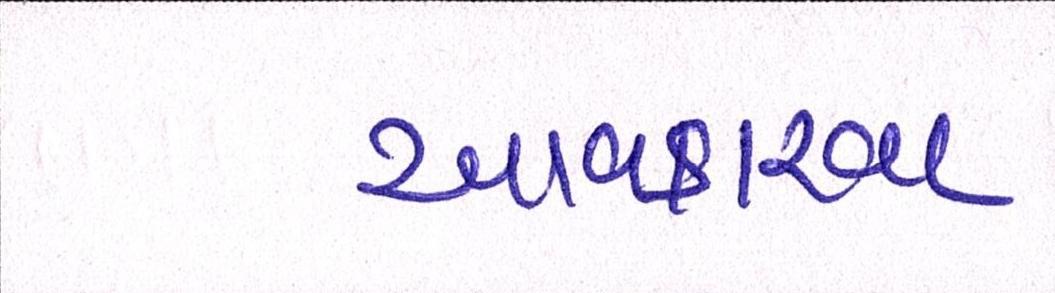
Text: આવકારવા